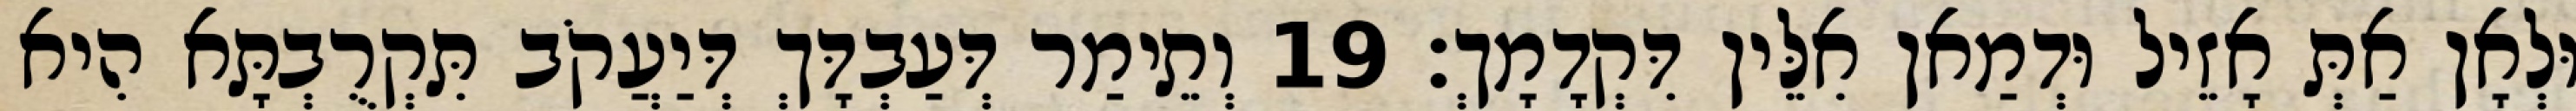
וּלְאָן אַתְּ אָזֵיל וּדְמַאן אִלֵּין דִּקְדָמָךְ׃ 19 וְתֵימַר דְּעַבְדָּךְ דְּיַעֲקֹב תִּקְרֻבְתָּא הִיא